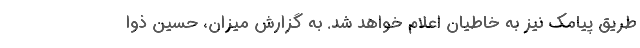
طریق پیامک نیز به خاطیان اعلام خواهد شد. به گزارش میزان، حسین ذوا